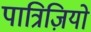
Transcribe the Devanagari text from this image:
पात्रिज़ियो